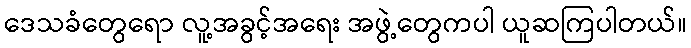
ဒေသခံတွေရော လူ့အခွင့်အရေး အဖွဲ့တွေကပါ ယူဆကြပါတယ်။